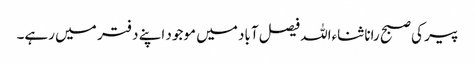
پیر کی صبح رانا ثناءاللہ فیصل آباد میں موجود اپنے دفتر میں رہے۔